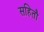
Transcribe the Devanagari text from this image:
सहितौ